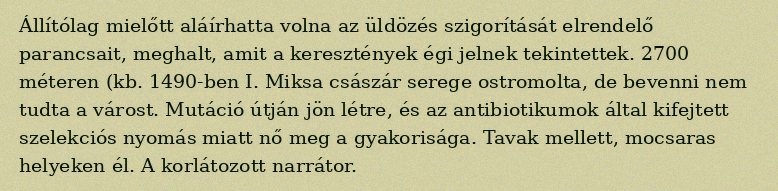
Állítólag mielőtt aláírhatta volna az üldözés szigorítását elrendelő parancsait, meghalt, amit a keresztények égi jelnek tekintettek. 2700 méteren (kb. 1490-ben I. Miksa császár serege ostromolta, de bevenni nem tudta a várost. Mutáció útján jön létre, és az antibiotikumok által kifejtett szelekciós nyomás miatt nő meg a gyakorisága. Tavak mellett, mocsaras helyeken él. A korlátozott narrátor.